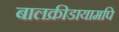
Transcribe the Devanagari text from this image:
बालक्रीडायामपि